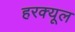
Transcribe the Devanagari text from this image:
हरक्यूल